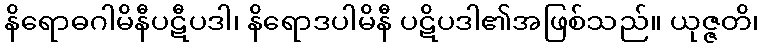
နိရောဓဂါမိနီပဋီပဒါ၊ နိရောဒပါမိနီ ပဋိပဒါ၏အဖြစ်သည်။ ယုဇ္ဇတိ၊